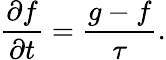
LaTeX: \frac{\partial f}{\partial t}=\frac{g-f}{\tau}.